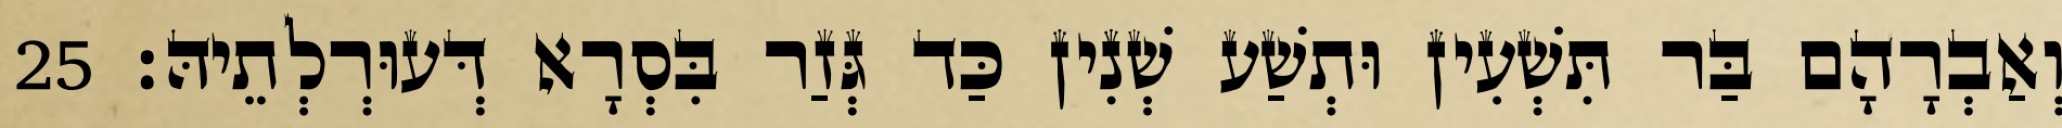
וְאַבְרָהָם בַּר תִּשְׁעִין וּתְשַׁע שְׁנִין כַּד גְּזַר בִּסְרָא דְּעוּרְלְתֵיהּ׃ 25